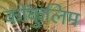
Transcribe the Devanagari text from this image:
कोकुलिम